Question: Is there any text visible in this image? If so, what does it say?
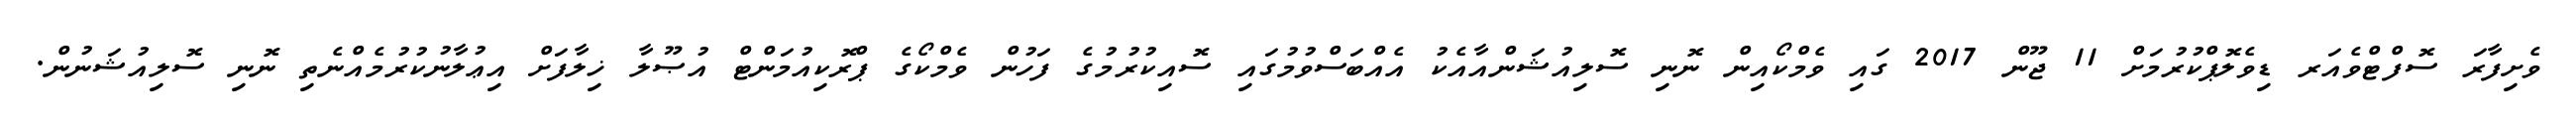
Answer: ވެށިފާރަ ސޮފްޓްވެއަރ ޑިވެލޮޕްކުރުމަށް 11 ޖޫން 2017 ގައި ވެމްކޯއިން ނޮނި ސޮލިއުޝަންއާއެކު އެއްބަސްވުމުގައި ސޮއިކުރުމުގެ ފަހުން ވެމްކޯގެ ޕްރޮކިއުމަންޓް އުޞޫލާ ޚިލާފަށް އިޢުލާނުކުރުމެއްނެތި ނޮނި ސޮލިއުޝަނުން.